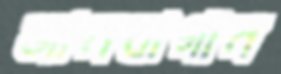
জামবাগান